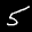
Label: 5